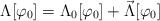
LaTeX: \begin{align*} \Lambda[\varphi_0] &=\Lambda_0[\varphi_0]+\vec \Lambda[\varphi_0] \end{align*}